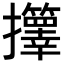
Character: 𫾟